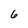
Character: 6